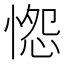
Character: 𭝭